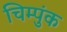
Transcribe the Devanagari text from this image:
चिम्पुंक